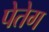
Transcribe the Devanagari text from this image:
पेतेग